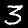
Label: 3